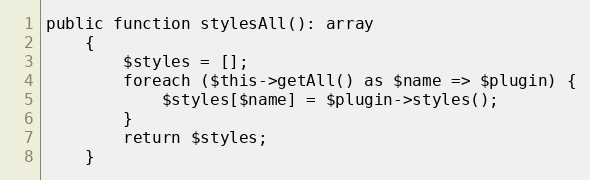
Language: PHP
public function stylesAll(): array
    {
        $styles = [];
        foreach ($this->getAll() as $name => $plugin) {
            $styles[$name] = $plugin->styles();
        }
        return $styles;
    }